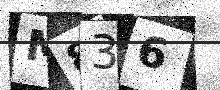
Text: M836